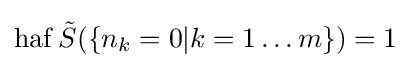
\operatorname {haf} {\tilde {S}}(\{n_{k}=0|k=1\ldots m\})=1